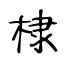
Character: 棣